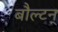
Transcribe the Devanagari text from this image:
बौल्‍टन्‌